Report on the bubonic plague in Bombay, 1896-1897
Year: 1896
Disease focus: Plague
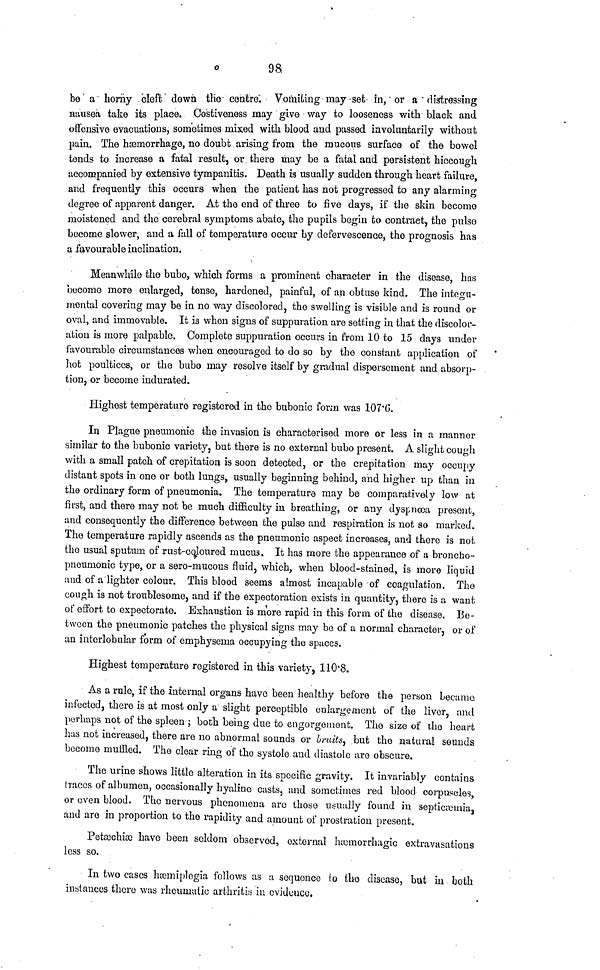
98
be a horny cleft down the contre. Vomiting may set in, or a distressing
nausea take its place. Costiveness may give way to looseness with black and
offensive evacuations, sometimes mixed with blood and passed involuntarily without
pain. The hæmorrhage, no doubt arising from the mucous surface of the bowel
tends to increase a fatal result, or there may be a fatal and persistent hiccough
accompanied by extensive tympanitis. Death is usually sudden through heart failure,
and frequently this occurs when the patient has not progressed to any alarming
degree of apparent danger. At the end of three to five days, if the skin become
moistened and the cerebral symptoms abate, the pupils begin to contract, the pulso
become slower, and a fall of temperature occur by defervescence, the prognosis has
a favourable inclination.
Meanwhile the bubo, which forms a prominent character in the disease, has
become more enlarged, tense, hardened, painful, of an obtuse kind. The integu-
montal covering may be in no way discolored, the swelling is visible and is round or
oval, and immovable. It is when signs of suppuration are setting in that the discolor-
ation is more palpable. Complete suppuration occurs in from 10 to 15 days under
favourable circumstances when encouraged to do so by the constant application of
hot poultices, or the bubo may resolve itself by gradual dispersement and absorp-
tion, or become indurated.
Highest temperature registered in the bubonic form was 107.6.
In Plague pneumonic the invasion is characterised more or less in a manner
similar to the bubonic variety, but there is no external bubo present. A slight cough
with a small patch of crepitation is soon detected, or the crepitation may occupy
distant spots in one or both lungs, usually beginning behind, and higher up than in
the ordinary form of pneumonia. The temperature may be comparatively low at
first, and there may not be much difficulty in breathing, or any dyspnœa present,
and consequently the difference between the pulse and respiration is not so marked.
The temperature rapidly ascends as the pneumonic aspect increases, and there is not
the usual sputum of rust-coloured mucus. It has more the appearance of a broncho-
pneumonic type, or a sero-mucous fluid, which, when blood-stained, is more liquid
und of a lighter colour. This blood seems almost incapable of coagulation. The
cough is not troublesome, and if the expectoration exists in quantity, there is a want
of effort to expectorate. Exhaustion is more rapid in this form of the disease. Be
tween the pneumonic patches the physical signs may be of a normal character, or of
an interlobular form of emphysema occupying the spaces.
Highest temperature registered in this variety, 110.8.
As a rule, if the internal organs have been healthy before the person became
infected, there is at most only a slight perceptible enlargement of the liver, and
perhaps not of the spleen ; both being due to engorgement. The size of the heart
has not increased, there are no abnormal sounds or bruits, but the natural sounds
become muffled. The clear ring of the systole and diastole are obscure.
The urine shows little alteration in its specific gravity. It invariably contains
traces of albumen, occasionally hyaline casts, and sometimes red blood corpuscles,
or oven blood. The nervous phenomena arc those usually found in septicæmia,
and are in proportion to the rapidity and amount of prostration present.
Petæchiæ have been seldom observed, external hæmorrhagic extravasations
less so.
In two cases hæmiplegia follows as a sequence to the disease, but in both
instances there was rheumatic arthritis in evidence.